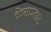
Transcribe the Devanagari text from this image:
केमारवाड़